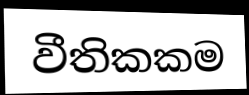
වීතිකකම